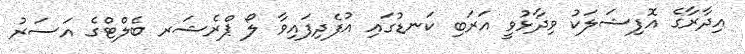
އިދާރާގެ އޮފިޝަލަކު ވިދާޅުވީ އަރަބި ކަނޑުގައި އުފެދިފައިވާ ލޯ ޕްރެޝަރ ބެލްޓްގެ އަސަރު